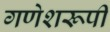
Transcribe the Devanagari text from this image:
गणेशरूपी